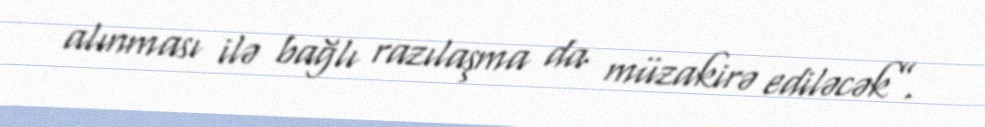
alınması ilə bağlı razılaşma da müzakirə ediləcək”.